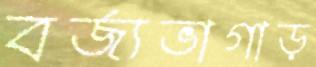
বর্জ্যভাগাড়